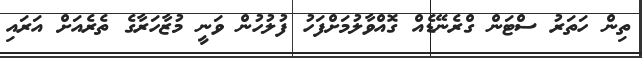
ތިން ހަތަރު ސްޓަން ގްރެނޭޑެއް ގޮއްވާލުމަށްފަހު ފުލުހުން ވަނީ މުޒާހަރާގެ ތެރެއަށް އަރައި